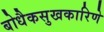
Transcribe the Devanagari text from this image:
बोधैकसुखकारिणे